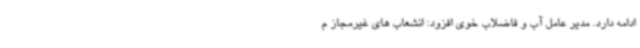
ادامه دارد. مدیر عامل آب و فاضلاب خوی افزود: انشعاب های غیرمجاز م